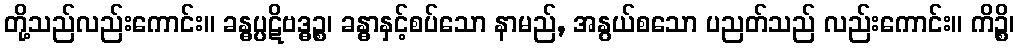
တို့သည်လည်းကောင်း။ ခန္ဓပ္ပဋိဗဒ္ဓဉ္စ၊ ခန္ဓာနှင့်စပ်သော နာမည်, အနွယ်စသော ပညတ်သည် လည်းကောင်း။ ကိဉ္စိ၊